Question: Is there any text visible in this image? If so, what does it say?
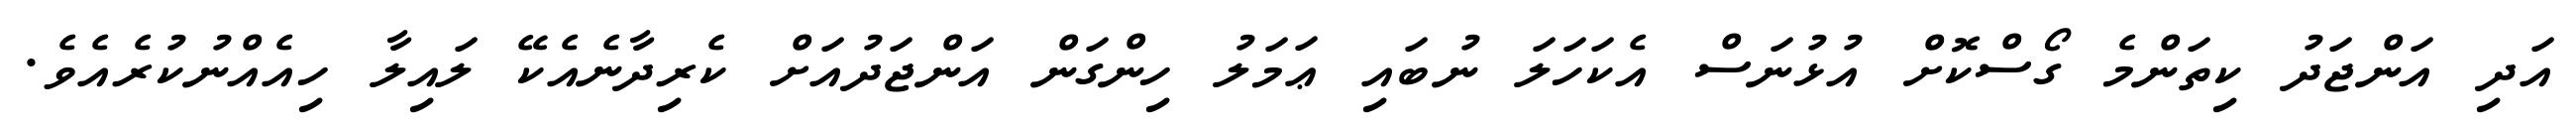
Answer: އަދި އަންޖަދު ކިތަންމެ ގޯސްކޮށް އުޅުނަސް އެކަހަލަ ނުބައި ޢަމަލު ހިންގަން އަންޖަދުއަށް ކެރިދާނެއެކޭ ލައިލާ ހިއެއްނުކުރެއެވެ.